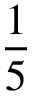
\frac { 1 } { 5 }